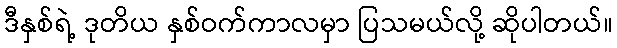
ဒီနှစ်ရဲ့ ဒုတိယ နှစ်ဝက်ကာလမှာ ပြသမယ်လို့ ဆိုပါတယ်။